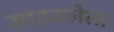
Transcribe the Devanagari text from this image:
साठवलेला